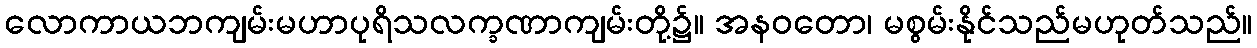
လောကာယဘကျမ်းမဟာပုရိသလက္ခဏာကျမ်းတို့၌။ အနဝတော၊ မစွမ်းနိုင်သည်မဟုတ်သည်။